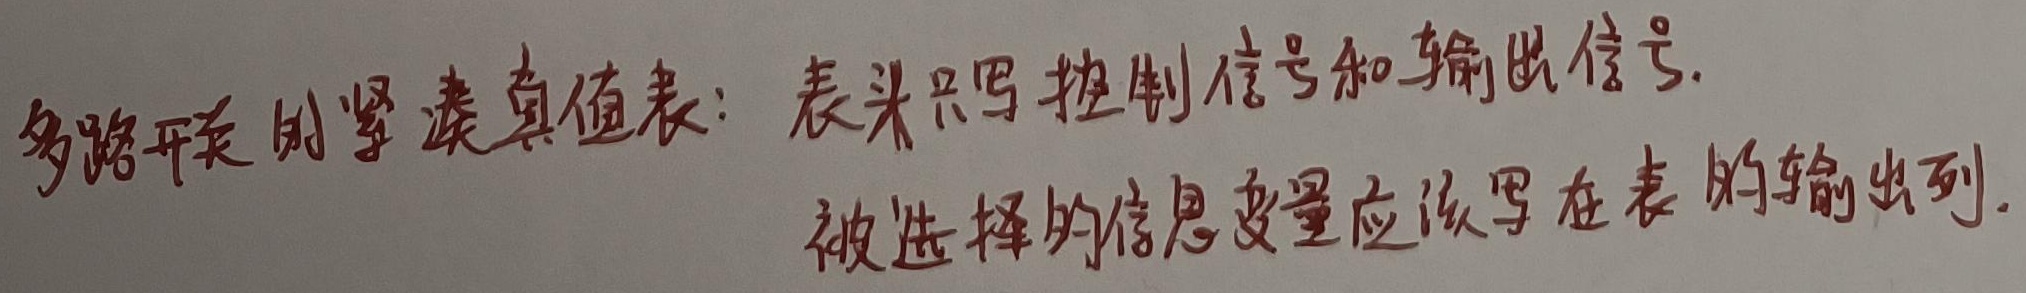
多路开关的紧凑真值表：表头只写控制信号和输出信号。被选择的信息变量应该写在表的输出列。